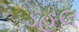
ડહલ